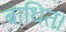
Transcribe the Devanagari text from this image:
बाधित।